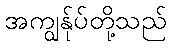
အကျွန်ုပ်တို့သည်